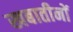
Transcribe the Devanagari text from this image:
खबातीनों